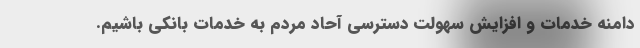
دامنه خدمات و افزایش سهولت دسترسی آحاد مردم به خدمات بانکی باشیم.